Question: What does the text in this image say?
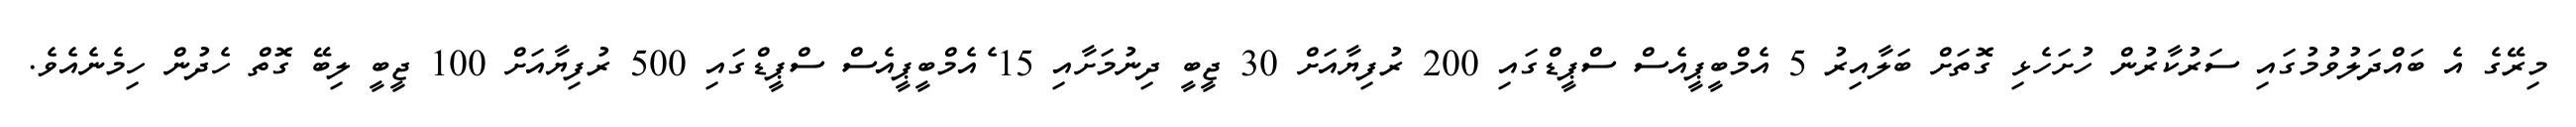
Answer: މިރޭގެ އެ ބައްދަލުވުމުގައި ސަރުކާރުން ހުށަހެޅި ގޮތަށް ބަލާއިރު 5 އެމްބީޕީއެސް ސްޕީޑްގައި 200 ރުފިޔާއަށް 30 ޖީބީ ދިނުމަށާއި 15 ެއެމްބީޕީއެސް ސްޕީޑްގައި 500 ރުފިޔާއަށް 100 ޖީބީ ލިބޭ ގޮތް ހެދުން ހިމެނެއެވެ.